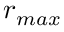
r _ { m a x }